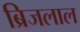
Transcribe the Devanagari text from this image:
ब्रिजलाल